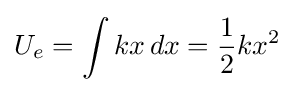
U_{e}=\int {kx}\,dx={\frac {1}{2}}kx^{2}